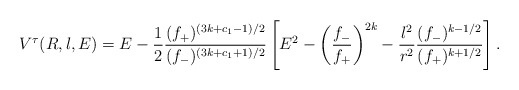
\begin{align*}V^{\tau}(R,l,E) = E - \frac{1}{2} \frac{(f_+)^{(3k+c_1-1)/2}}{(f_-)^{(3k+c_1+1)/2}} \left[ E^2 - \left(\frac{f_-}{f_+} \right)^{2k} - \frac{l^2}{r^2 } \frac{(f_-)^{k-1/2}}{(f_+)^{k+1/2}} \right]. \end{align*}